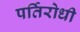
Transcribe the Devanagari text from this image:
पर्तिरोधी